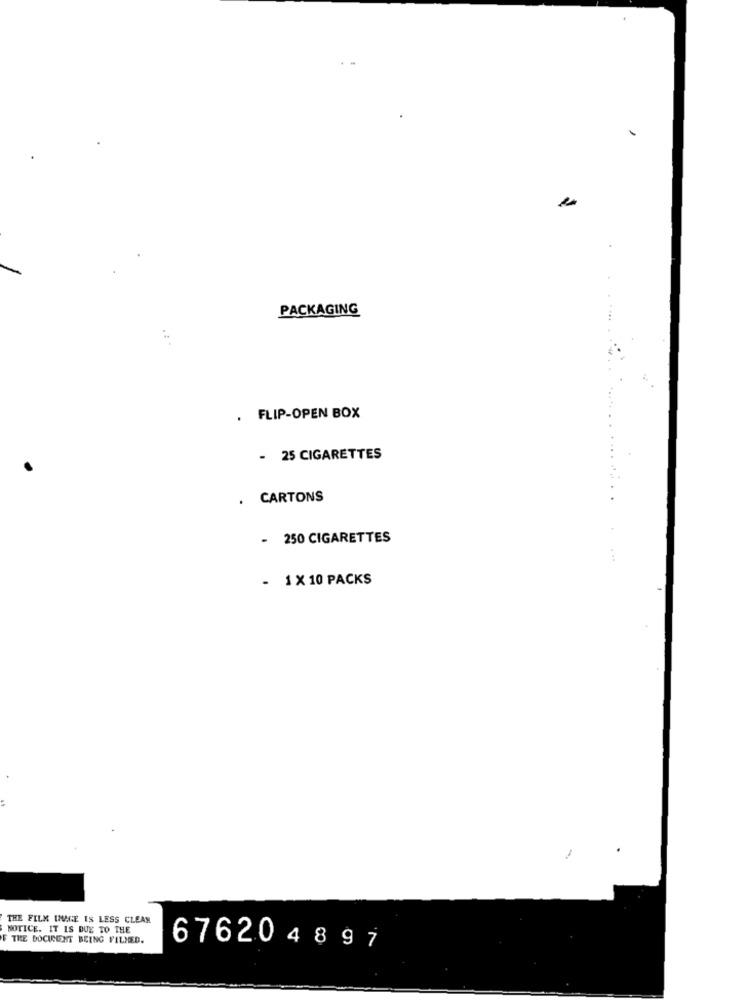
PACKAGING
. FLIP-OPEN BOX
- 25 CIGARETTES
CARTONS
250 CIGARETTES
- 1 X 10 PACKS
THE FILM IMAGE IS LESS CLEAN
NOTICE. IT IS DUE TO THE
F THE DOCIDENT BEING FILMED.
676204897